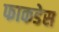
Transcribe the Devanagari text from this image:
फाकडेस